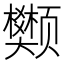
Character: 𫖺